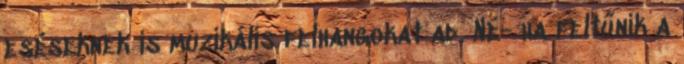
eséseknek is muzikális felhangokat ad. Né- ha feltűnik a